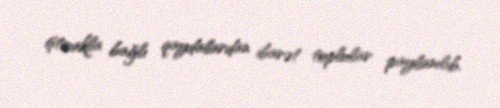
iştirakla bağlı qaydalardan ibarət toplular paylanılıb.